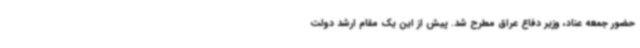
حضور جمعه عناد، وزیر دفاع عراق مطرح شد. پیش از این یک مقام ارشد دولت